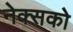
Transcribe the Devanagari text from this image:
नेक्सको